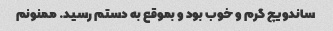
ساندویچ گرم و خوب بود و بموقع به دستم رسید. ممنونم